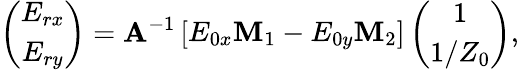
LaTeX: \left(\begin{array}{c}{E_{rx}}\\ {E_{ry}}\end{array}\right)=\mathbf A^{-1}\left[\begin{array}{cc}{E_{0x}\mathbf M_{1}-E_{0y}\mathbf M_{2}}\end{array}\right]\left(\begin{array}{c}{1}\\ {1/Z_{0}}\end{array}\right),